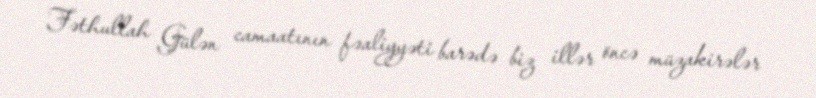
Fəthullah Gülən camaatının fəaliyyəti barədə biz illər öncə müzakirələr